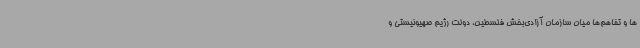
ها و تفاهم‌ها میان سازمان آزادی‌بخش فلسطین، دولت رژیم صهیونیستی و